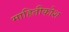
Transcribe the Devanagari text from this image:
माहितीकोश